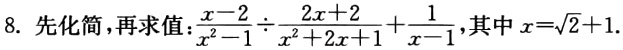
8. 先化简，再求值：$\frac{x - 2}{x^{2} - 1} \div \frac{2x + 2}{x^{2} + 2x + 1} + \frac{1}{x - 1}$，其中$x = \sqrt{2} + 1$.